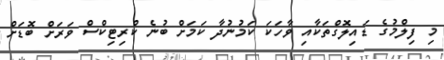
މި ފިލްމުގެ ޑައިލޮގްތަކާއި ވާހަކަ ކަމުނުދާ ކަމަށް ބުނެ ކްރިޓިކްސް ވަރަށް ބޮޑަށް